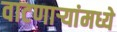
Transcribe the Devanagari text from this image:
वाटणाऱ्यांमध्ये